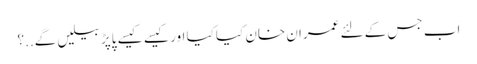
اَب جس کے لئے عمران خان کیا کیا اور کیسے کیسے پاپڑ بیلیں گے..؟